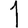
Digit: 1